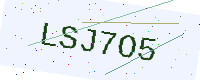
Text: LSJ7O5